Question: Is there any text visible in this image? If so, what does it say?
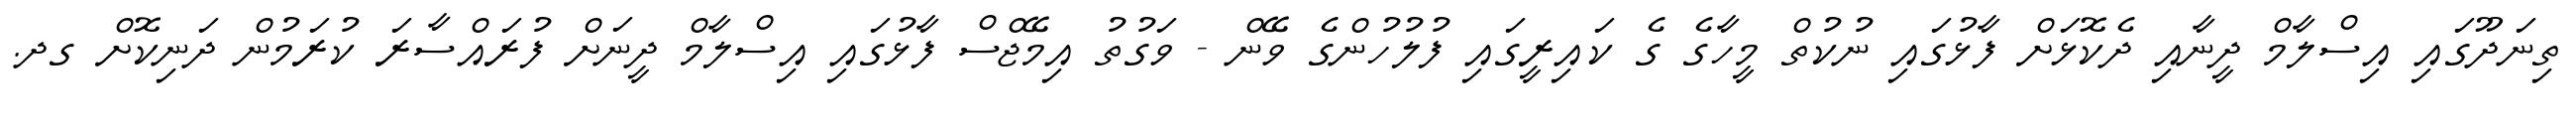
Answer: ތިނަދޫގައި އިސްލާމް ދީނާއި ދެކޮޅަށް ފާޅުގައި ނުކުތް މީހާގެ ގެ ކައިރީގައި ފުލުހުންގެ ވޭން - ވަގުތު އިމޭޖްސް ފާޅުގައި އިސްލާމް ދީނަށް ފުރައްސާރަ ކުރަމުން ދަނިކޮށް ގދ.